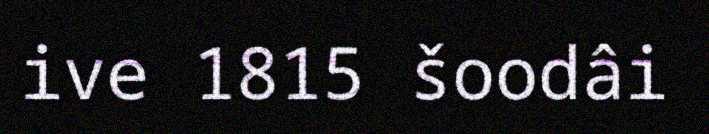
ive 1815 šoodâi